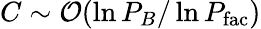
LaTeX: C\sim{\cal O}(\ln P_{B}/\ln P_{\mathrm{fac}})